Civil Veterinary Department Bihar & Orissa reports 1929-36 - 1929-1936
Year: 1929
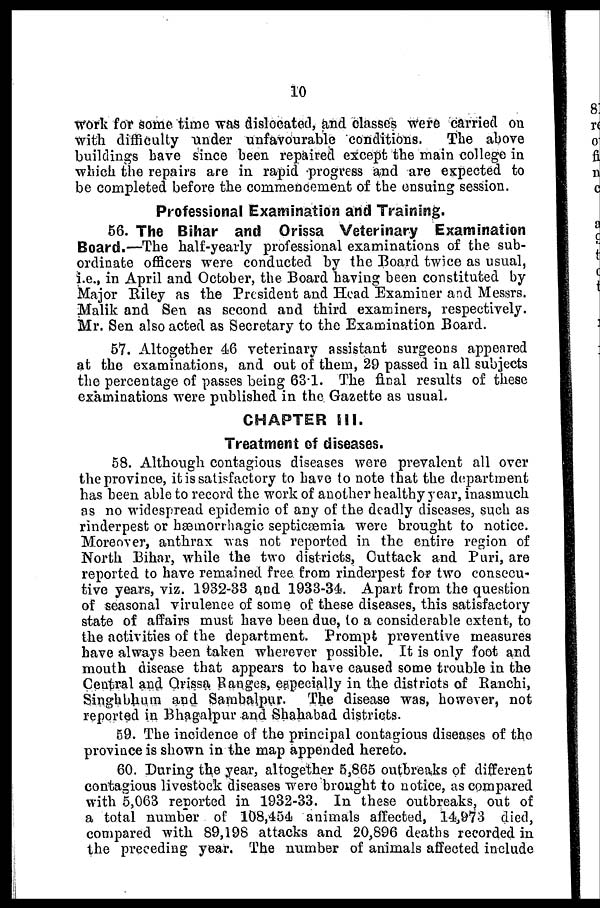
10
work for some time was dislocated, and classes were carried on
with difficulty under unfavourable conditions.
The above
buildings have since been repaired except the main college in
which the repairs are in rapid progress and are expected to
be completed before the commencement of the ensuing session.
Professional Examination and Training.
56. The Bihar and Orissa Veterinary Examination
Board.—The half-yearly professional examinations of the sub-
ordinate officers were conducted by the Board twice as usual,
i.e., in April and October, the Board having been constituted by
Major Riley as the President and Head Examiner and Messrs.
Malik and Sen as second and third examiners, respectively.
Mr. Sen also acted as Secretary to the Examination Board.
57. Altogether 46 veterinary assistant surgeons appeared
at the examinations, and out of them, 29 passed in all subjects
the percentage of passes being 63.1. The final results of these
examinations were published in the Gazette as usual.
CHAPTER Ill.
Treatment of diseases.
58. Although contagious diseases were prevalent all over
the province, it is satisfactory to have to note that the department
has been able to record the work of another healthy year, inasmuch
as no widespread epidemic of any of the deadly diseases, such as
rinderpest or hæmorrhagic septicæmia were brought to notice.
Moreover, anthrax was not reported in the entire region of
North Bihar, while the two districts, Cuttack and Puri, are
reported to have remained free from rinderpest for two consecu-
tive years, viz. 1932-33 and 1933-34. Apart from the question
of seasonal virulence of some of these diseases, this satisfactory
state of affairs must have been due, to a considerable extent, to
the activities of the department. Prompt preventive measures
have always been taken wherever possible. It is only foot and
mouth disease that appears to have caused some trouble in the
Central and Orissa Ranges, especially in the districts of Ranchi,
Singhbhum and Sambalpur. The disease was, however, not
reported in Bhagalpur and Shahabad districts.
59. The incidence of the principal contagious diseases of the
province is shown in the map appended hereto.
60. During the year, altogether 5,865 outbreaks of different
contagious livestock diseases were brought to notice, as compared
with 5,063 reported in 1932-33. In these outbreaks, out of
a total number of 108,454 animals affected, 14,973 died,
compared with 89,198 attacks and 20,896 deaths recorded in
the preceding year. The number of animals affected include